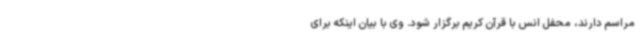
مراسم دارند، محفل انس با قرآن کریم برگزار شود. وی با بیان اینکه برای